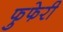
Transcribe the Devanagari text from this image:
फुफेरी